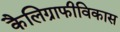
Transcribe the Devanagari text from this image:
कैलिग्राफीविकास